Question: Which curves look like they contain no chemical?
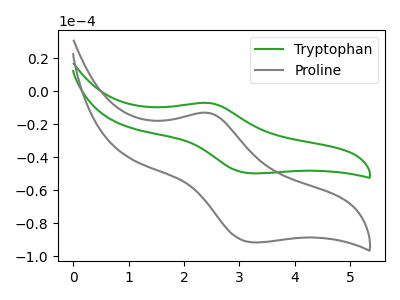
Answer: <think>The green curve "Tryptophan" has an anodic peak at (2.45V, -7.20uA) and a cathodic peak at (3.25V, -49.80uA). The gray curve "Proline" has an anodic peak at (2.45V, -13.20uA) and a cathodic peak at (3.25V, -91.60uA).</think>
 <answer>There are not any CV's on this graph that are likely to be blanks.</answer>
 <eval>none</eval>